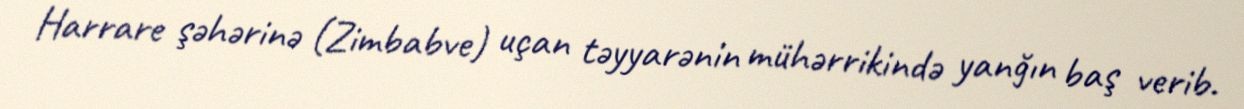
Harrare şəhərinə (Zimbabve) uçan təyyarənin mühərrikində yanğın baş verib.